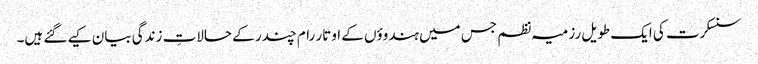
سنسکرت کی ایک طویل رزمیہ نظم جس میں ہندوؤں کے اوتار رام چندر کے حالاتِ زندگی بیان کیے گئے ہیں۔